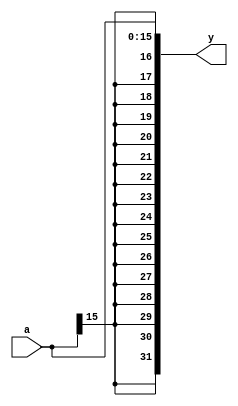
`ifndef SIGN_EXTEND
`define SIGN_EXTEND

module Sign_Extend(
  input  [15:0] a,
  output [31:0] y
);
  assign y = {{16{a[15]}},a};
  
endmodule
  `endif

/*The expression 16{a[15]} creates a temporary vector of 16 bits, where all the bits are set to the value of a[15]. 
For example, if a[15] is 1, then 16{a[15]} would be a 16-bit vector of all ones (16'b1111_1111_1111_1111).

The concatenation operator {} is used to concatenate two vectors. In this case, we concatenate 16{a[15]} with a. 
The resulting vector is 32 bits long, where the MSB contains the sign bit (the most significant bit of a[15]), 
and the remaining bits contain the original 16-bit input a. This operation effectively extends the sign of the 
input a to fill the additional 16 bits.*/